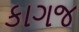
કાગજ